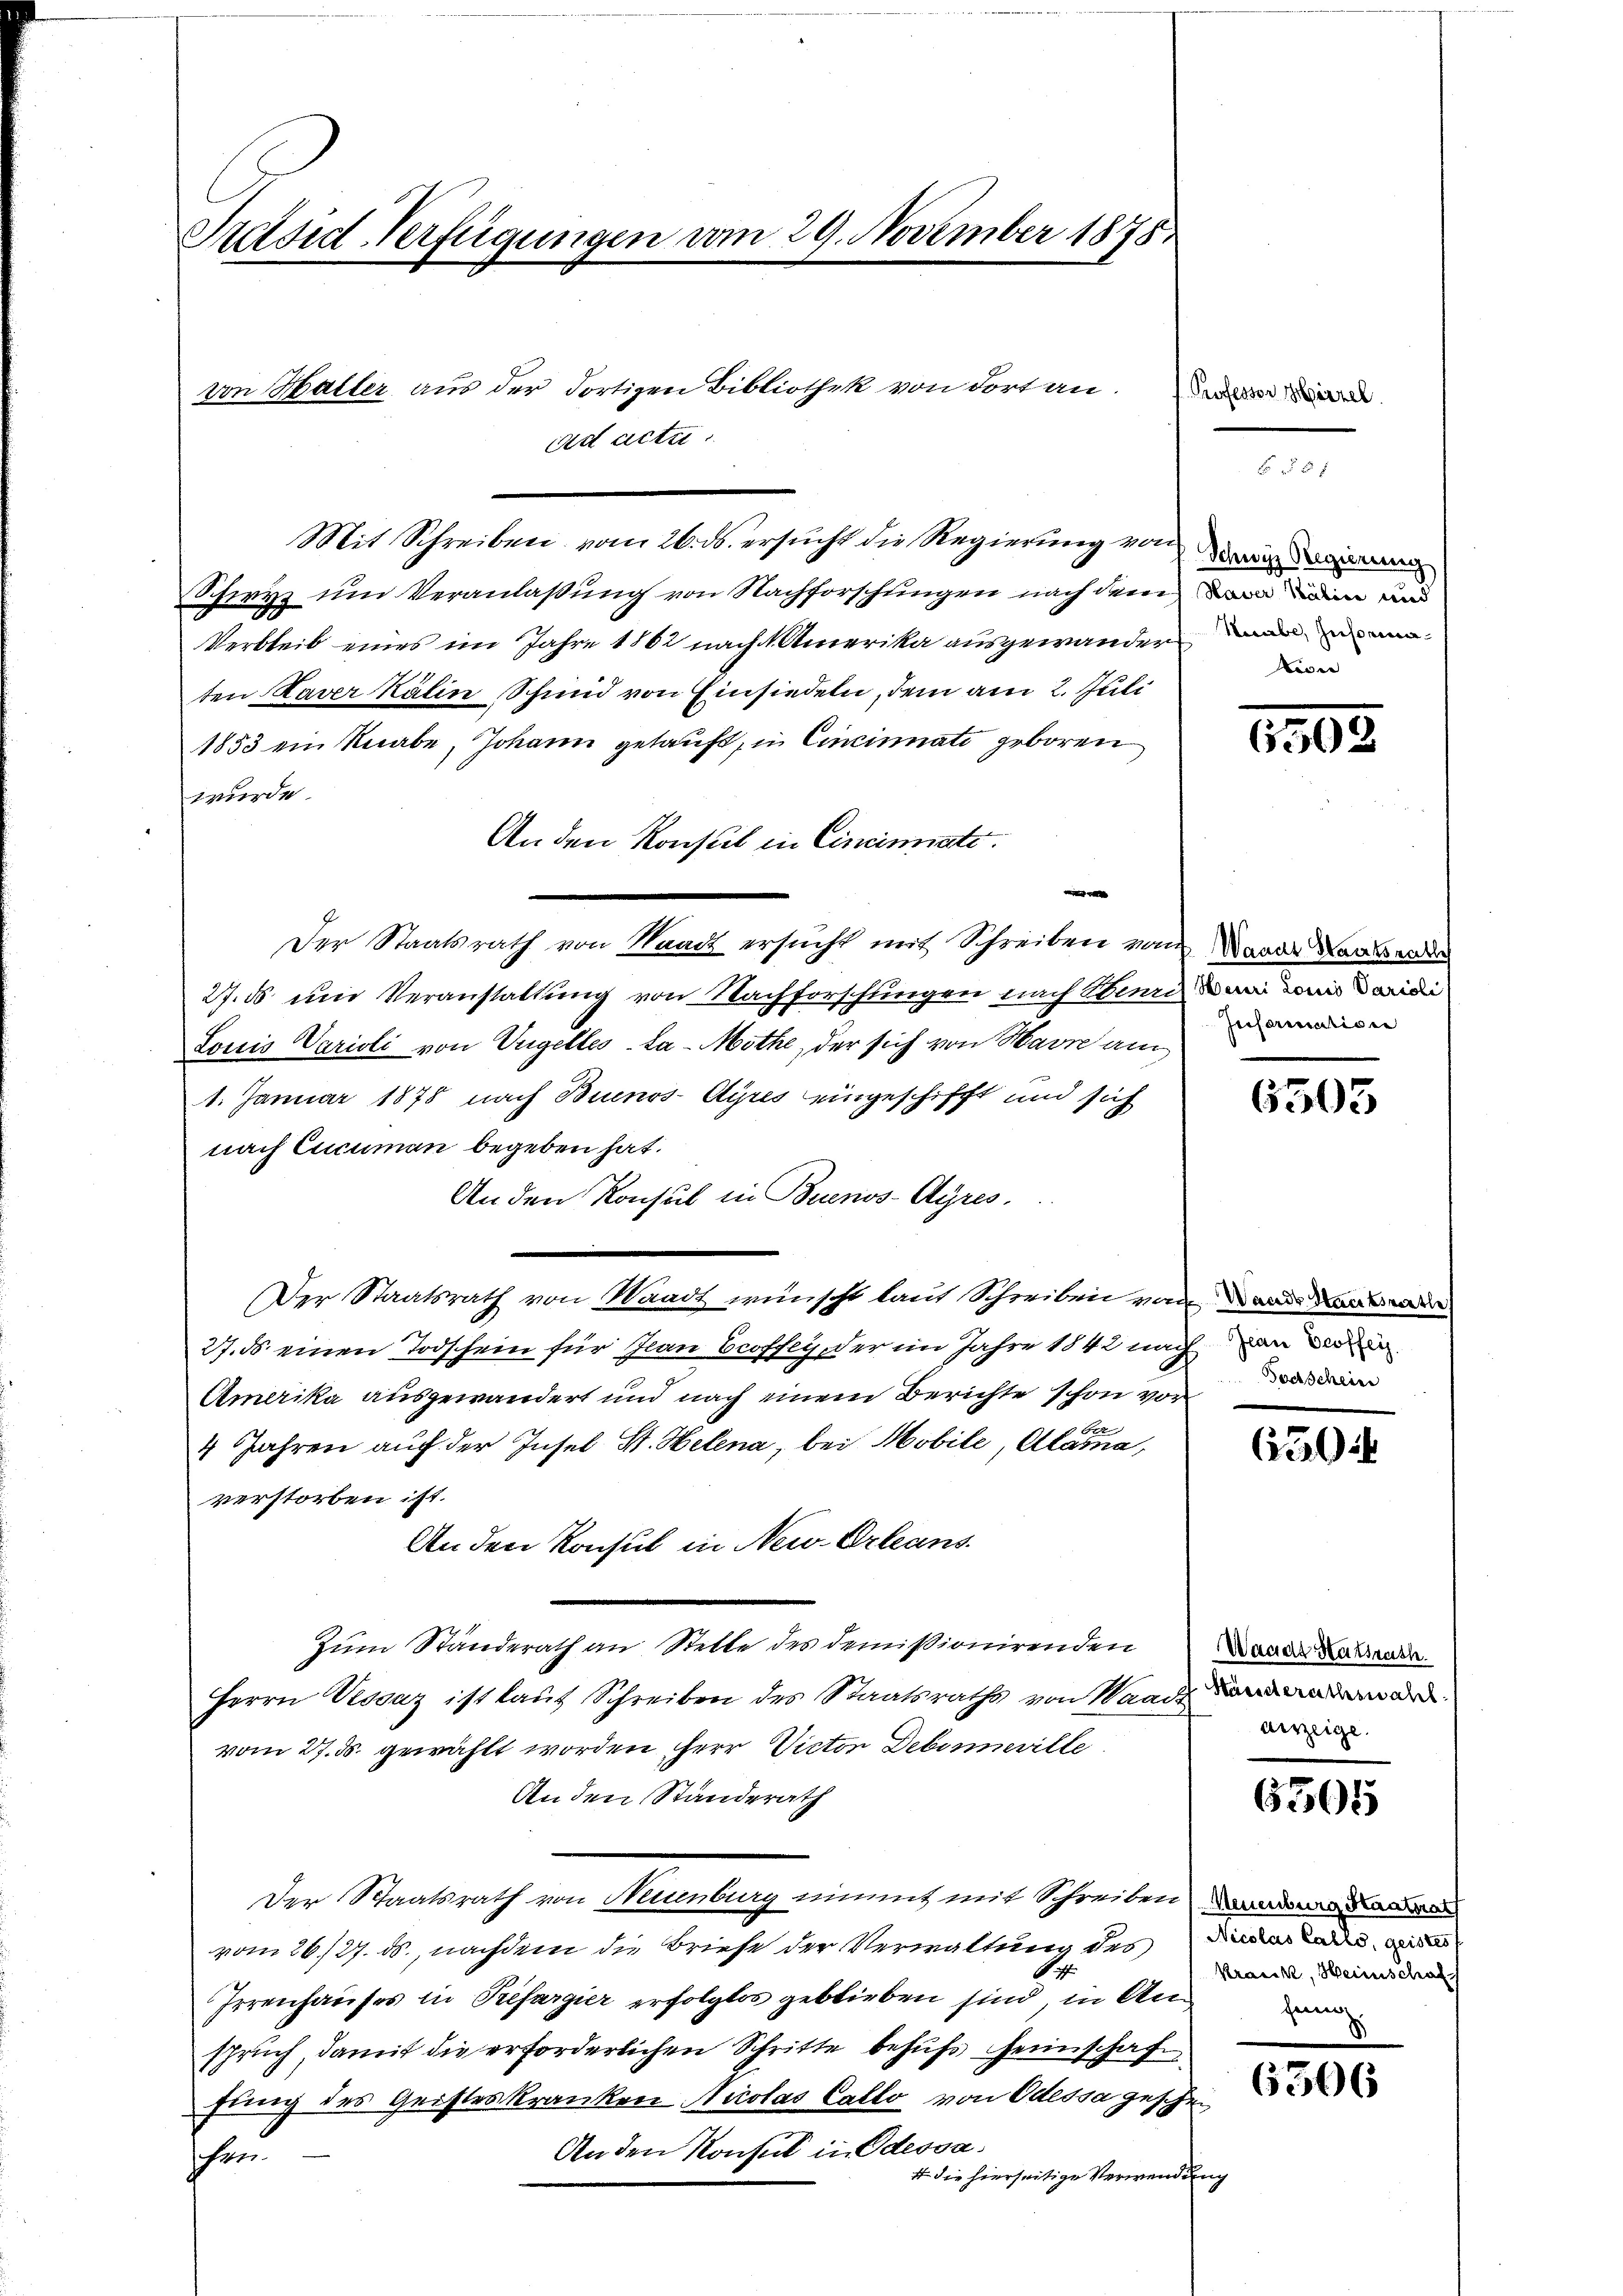
Sutsid-Verfügungen vom 29. November 1878

Mit Schreiben vom 26. ds. ersucht die Regierung von de
Schwyz um Veranlaßung von Nachforschungen nach dem von den und
Verbleib eines im Jahre 1862 nach Amerika ausgewandern mein
ten Xaver Kälin Schmid von Einsiedeln, dem am 2. Juli
1853 ein Knabe, Johann getauft, in Cincinati geboren
wurde.
An den Konsul in Cincinate.

Der Staatsrath von Raack ersucht mit Schreiben von Baade Laabende
27. ds und Veranstaltung von Nachforschungen nach Stier ain wird da di
Louis Varioli von Ungelles-La-Mothe, der sich von Havre am
1. Januar 1878 nach Buenos-Ayres eingeschifft und sich
nach Eucuman begeben hat.
An den Konsul in Buenos-Ayres.
Der Staatsrath von Waadt wünscht laut Schreiben von ande an der
27. ds. einen Todschein für Jean Croffey oder im Jahre 1842 nach von den
Amerika ausgewandert und nach einem Berichte schon vor
r
4 Jahren auf der Insel St. Helena, bei Mobile, Alama,
verstorben ist.
An den Konsul in New-Orleans
Zum Standerath an Stelle des demissionirenden Wagen Kaltende
Herrn Vessaz ist laut Schreiben des Staatsraths von Waadt word
vom 27. ds. gewählt worden Herr Victor Debinneville
An den Standerath
Der Staatsrath von Neuenburg nimmt mit Schreiben, dadu
vom 26/27. ds., nachdem die Briefe der Verwaltung des der die
Irrenhauses in Prefargier erfolglos geblieben sind, in An
spruch, damit die erforderlichen Schritte behufs Heimschaf
fung des Geisteskranken Nicolas Callo von Odessa geschen
Anden Konsul in Odessa
schen
4 die hierseitige Verwendung

von Haller aus der dortigen Bibliothek von dort an.
ad actu

f Professor Hirzel

Lion

1508

Information

6503

Goetschein

auszeige.

6305

Kranck, Heimschaf

6306